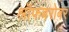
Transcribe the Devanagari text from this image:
श्रॉफबरोबर